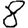
Digit: 8